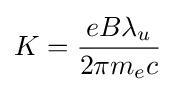
K={\frac {eB\lambda _{u}}{2\pi m_{e}c}}